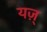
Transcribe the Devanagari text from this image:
यज़्